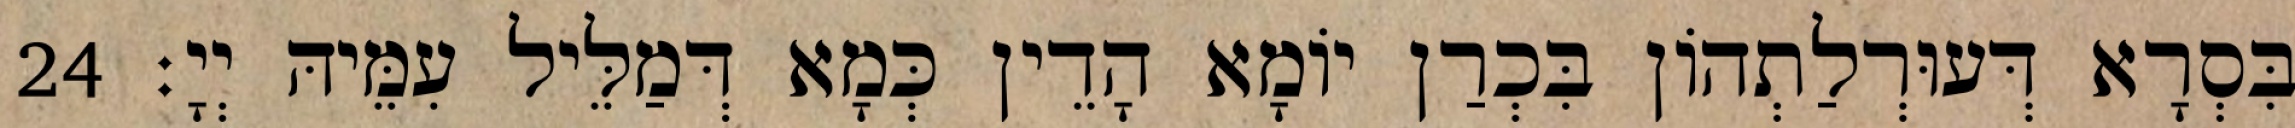
בִּסְרָא דְּעוּרְלַתְהוֹן בִּכְרַן יוֹמָא הָדֵין כְּמָא דְּמַלֵּיל עִמֵּיהּ יְיָ׃ 24